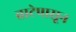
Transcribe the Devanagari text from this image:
वाटेपासून